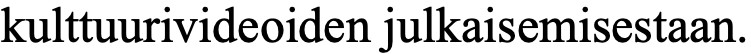
kulttuurivideoiden julkaisemisestaan.